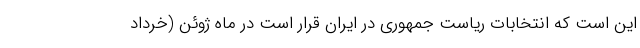
این است که انتخابات ریاست جمهوری در ایران قرار است در ماه ژوئن (خرداد